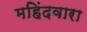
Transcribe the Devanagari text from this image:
महिंदवारा